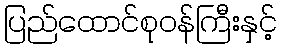
ပြည်ထောင်စုဝန်ကြီးနှင့်